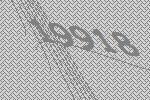
19918